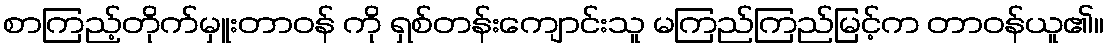
စာကြည့်တိုက်မှူးတာဝန် ကို ရှစ်တန်းကျောင်းသူ မကြည်ကြည်မြင့်က တာဝန်ယူ၏။